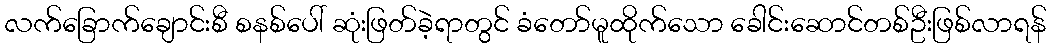
လက်ခြောက်ချောင်းစီ စနစ်ပေါ် ဆုံးဖြတ်ခဲ့ရာတွင် ခံတော်မူထိုက်သော ခေါင်းဆောင်တစ်ဦးဖြစ်လာရန်